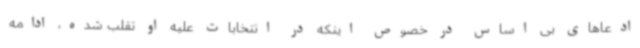
ادعاهای بی اساس در خصوص اینکه در انتخابات علیه او تقلب شده، ادامه